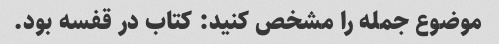
موضوع جمله را مشخص کنید: کتاب در قفسه بود.